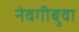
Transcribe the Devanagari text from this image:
नेवगीबुवा